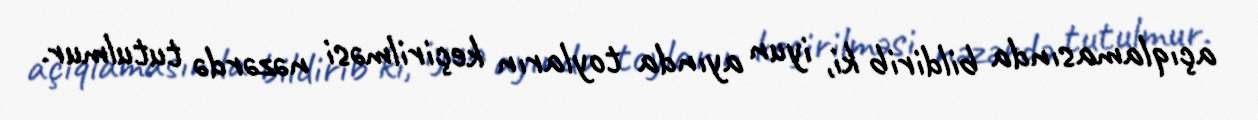
açıqlamasında bildirib ki, iyun ayında toyların keçirilməsi nəzərdə tutulmur.